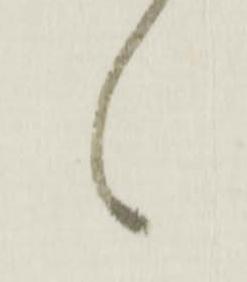
々